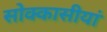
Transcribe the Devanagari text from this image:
सोक्कासीयां